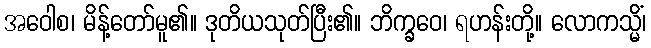
အဝေါစ၊ မိန့်တော်မူ၏။ ဒုတိယသုတ်ပြီး၏။ ဘိက္ခဝေ၊ ရဟန်းတို့။ လောကသ္မိံ၊